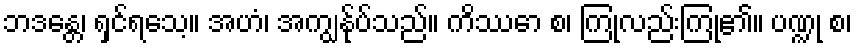
ဘဒန္တေ၊ ရှင်ရသေ့။ အဟံ၊ အကျွန်ုပ်သည်။ ကိဿော စ၊ ကြုံလည်းကြုံ၏။ ပဏ္ဍု စ၊